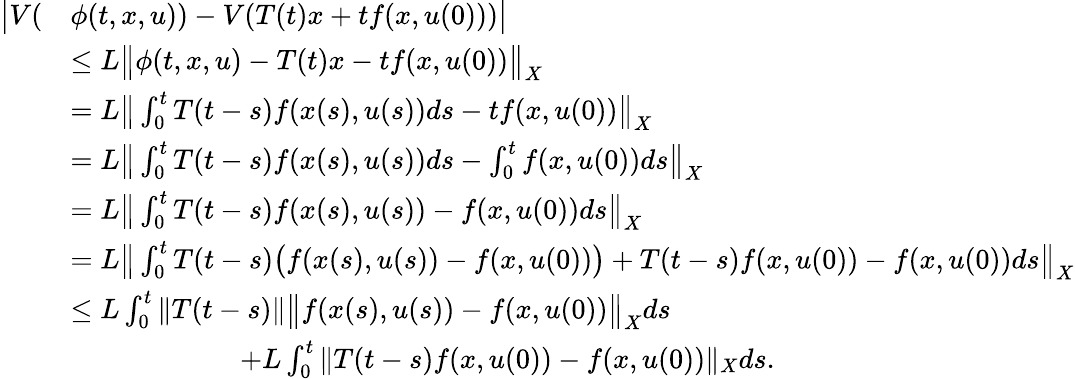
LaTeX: \begin{array}{rl}{\big|V(}&{\phi(t,x,u))-V(T(t)x+tf(x,u(0)))\big|}\\ &{\leq L\big\| \phi(t,x,u)-T(t)x-tf(x,u(0))\big\| _{X}}\\ &{=L\big\| \int_{0}^{t}T(t-s)f(x(s),u(s))ds-tf(x,u(0))\big\| _{X}}\\ &{=L\big\| \int_{0}^{t}T(t-s)f(x(s),u(s))ds-\int_{0}^{t}f(x,u(0))ds\big\| _{X}}\\ &{=L\big\| \int_{0}^{t}T(t-s)f(x(s),u(s))-f(x,u(0))ds\big\| _{X}}\\ &{=L\big\| \int_{0}^{t}T(t-s)\big(f(x(s),u(s))-f(x,u(0))\big)+T(t-s)f(x,u(0))-f(x,u(0))ds\big\| _{X}}\\ &{\leq L\int_{0}^{t}\| T(t-s)\| \big\| f(x(s),u(s))-f(x,u(0))\big\| _{X}ds}\\ &{\qquad\qquad\qquad+L\int_{0}^{t}\| T(t-s)f(x,u(0))-f(x,u(0))\| _{X}ds.}\end{array}